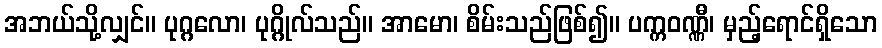
အဘယ်သို့လျှင်။ ပုဂ္ဂလော၊ ပုဂ္ဂိုလ်သည်။ အာမော၊ စိမ်းသည်ဖြစ်၍။ ပက္ကဝဏ္ဏီ၊ မှည့်ရောင်ရှိသော